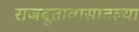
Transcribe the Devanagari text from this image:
राजदूतावासातल्या